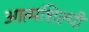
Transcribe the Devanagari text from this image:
आत्‍मशिल्‍पी